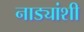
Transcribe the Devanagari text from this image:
नाड्यांशी